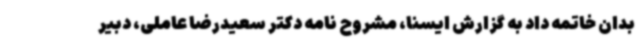
بدان خاتمه داد به گزارش ایسنا، مشروح نامه دکتر سعیدرضا عاملی، دبیر